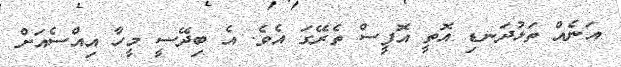
އަނެއް ތަޅުދަނޑި އޮތީ އޮފީސް ތެރޭގަ އެވެ. އެ ބިދޭސީ މީހާ އިއްސެއަށް